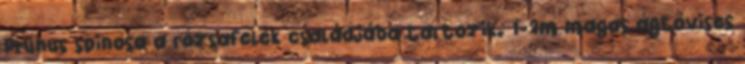
Prunus spinosa a rózsafélék családjába tartozik. 1-2m magas ágtövises